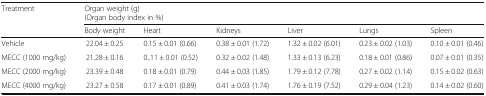
<table><thead><tr><td rowspan="2"><b>Treatment</b></td><td colspan="6"><b>Organ weight (g)(Organ body index in %)</b></td></tr><tr><td><b>Body weight</b></td><td><b>Heart</b></td><td><b>Kidneys</b></td><td><b>Liver</b></td><td><b>Lungs</b></td><td><b>Spleen</b></td></tr></thead><tbody><tr><td>Vehicle</td><td>22.04 ± 0.25</td><td>0.15 ± 0.01 (0.66)</td><td>0.38 ± 0.01 (1.72)</td><td>1.32 ± 0.02 (6.01)</td><td>0.23 ± 0.02 (1.03)</td><td>0.10 ± 0.01 (0.46)</td></tr><tr><td>MECC (1000 mg/kg)</td><td>21.28 ± 0.16</td><td>0..11 ± 0.01 (0.52)</td><td>0.32 ± 0.02 (1.48)</td><td>1.33 ± 0.13 (6.23)</td><td>0.18 ± 0.01 (0.86)</td><td>0.07 ± 0.01 (0.35)</td></tr><tr><td>MECC (2000 mg/kg)</td><td>23.39 ± 0.48</td><td>0.18 ± 0.01 (0.79)</td><td>0.44 ± 0.03 (1.85)</td><td>1.79 ± 0.12 (7.78)</td><td>0.27 ± 0.02 (1.14)</td><td>0.15 ± 0.02 (0.63)</td></tr><tr><td>MECC (4000 mg/kg)</td><td>23.27 ± 0.58</td><td>0.17 ± 0.01 (0.89)</td><td>0.41 ± 0.03 (1.74)</td><td>1.76 ± 0.19 (7.52)</td><td>0.29 ± 0.04 (1.23)</td><td>0.14 ± 0.02 (0.60)</td></tr></tbody></table>